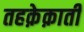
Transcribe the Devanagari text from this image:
तहक़ेक़ाती